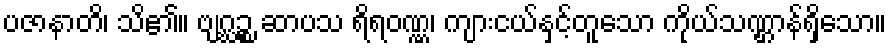
ပဇာနာတိ၊ သိ၏။ ဗျဂ္ဃဉ္စ ဆာပသ ရိရဝဏ္ဏ၊ ကျားငယ်နှင့်တူသော ကိုယ်သဏ္ဌာန်ရှိသော။